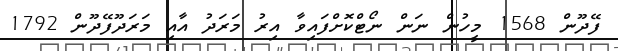
ފޭދޫން 1568 މީހުން ނަން ނޯޓްކޮށްފައިވާ އިރު މަރަދު އާއި މަރަދޫފޭދޫން 1792